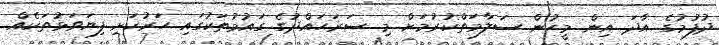
ދުފުމުގެ އާދަ އިން މީހުން ސަލާމަތްކުރުމަށް މި ސަރަހައްދުގެ ގައުމުތަކުގައި ހަރުކަށި ފިޔަވަޅުތަކެއް